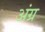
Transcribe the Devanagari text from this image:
अंग्र